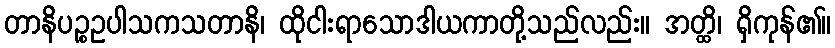
တာနိပဉ္စဥပါသကသတာနိ၊ ထိုငါးရာသောဒါယကာတို့သည်လည်း။ အတ္ထိ၊ ရှိကုန်၏။